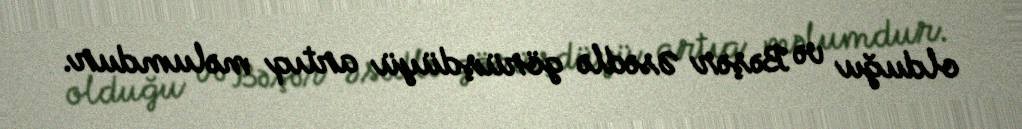
olduğu və Bəşər Əsədlə görüşdüyü artıq məlumdur.